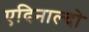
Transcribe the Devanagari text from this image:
एदिनाल्दो